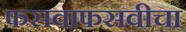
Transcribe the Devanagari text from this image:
फसवाफसवीचा